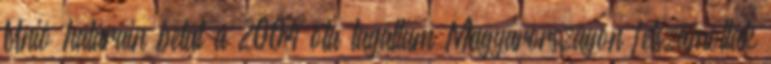
Unió határain belül a 2004 óta tagállam Magyarországon felszámolták